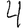
Digit: 4